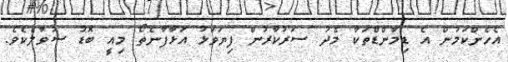
އެހެންކަމުން އެ ޑިމާންޑްތަކާ މެދު ސަރުކާރުން ފިޔަވަޅު އަޅާފާނެތޯ މިއީ ބޮޑު ސުވާލެކެވެ.